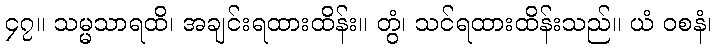
၄၇။ သမ္မသာရထိ၊ အချင်းရထားထိန်း။ တွံ၊ သင်ရထားထိန်းသည်။ ယံ ဝစနံ၊